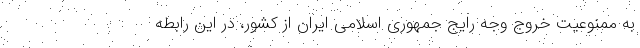
به ممنوعیت خروج وجه رایج جمهوری اسلامی ایران از کشور، در این رابطه